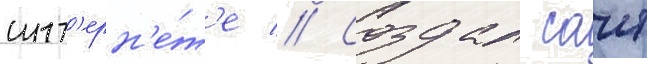
инт'ерн'е́т'е // Создал саит